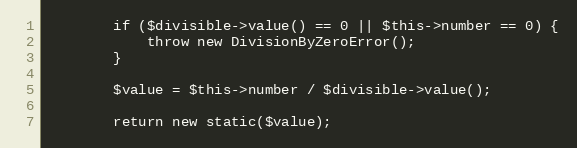
Language: PHP
        if ($divisible->value() == 0 || $this->number == 0) {
            throw new DivisionByZeroError();
        }

        $value = $this->number / $divisible->value();

        return new static($value);